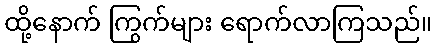
ထို့နောက် ကြွက်များ ရောက်လာကြသည်။